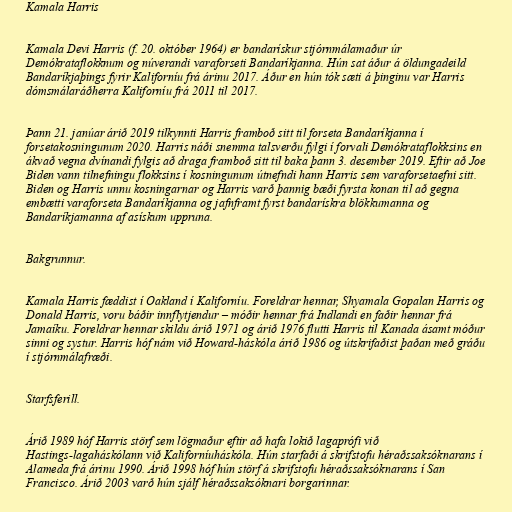
Kamala Harris

Kamala Devi Harris (f. 20. október 1964) er bandarískur stjórnmálamaður úr
Demókrataflokknum og núverandi varaforseti Bandaríkjanna. Hún sat áður á öldungadeild
Bandaríkjaþings fyrir Kaliforníu frá árinu 2017. Áður en hún tók sæti á þinginu var Harris
dómsmálaráðherra Kaliforníu frá 2011 til 2017.

Þann 21. janúar árið 2019 tilkynnti Harris framboð sitt til forseta Bandaríkjanna í
forsetakosningunum 2020. Harris náði snemma talsverðu fylgi í forvali Demókrataflokksins en
ákvað vegna dvínandi fylgis að draga framboð sitt til baka þann 3. desember 2019. Eftir að Joe
Biden vann tilnefningu flokksins í kosningunum útnefndi hann Harris sem varaforsetaefni sitt.
Biden og Harris unnu kosningarnar og Harris varð þannig bæði fyrsta konan til að gegna
embætti varaforseta Bandaríkjanna og jafnframt fyrst bandarískra blökkumanna og
Bandaríkjamanna af asískum uppruna.

Bakgrunnur.

Kamala Harris fæddist í Oakland í Kaliforníu. Foreldrar hennar, Shyamala Gopalan Harris og
Donald Harris, voru báðir innflytjendur – móðir hennar frá Indlandi en faðir hennar frá
Jamaíku. Foreldrar hennar skildu árið 1971 og árið 1976 flutti Harris til Kanada ásamt móður
sinni og systur. Harris hóf nám við Howard-háskóla árið 1986 og útskrifaðist þaðan með gráðu
í stjórnmálafræði.

Starfsferill.

Árið 1989 hóf Harris störf sem lögmaður eftir að hafa lokið lagaprófi við
Hastings-lagaháskólann við Kaliforníuháskóla. Hún starfaði á skrifstofu héraðssaksóknarans í
Alameda frá árinu 1990. Árið 1998 hóf hún störf á skrifstofu héraðssaksóknarans í San
Francisco. Árið 2003 varð hún sjálf héraðssaksóknari borgarinnar.